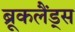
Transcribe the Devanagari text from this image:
ब्रूकलैंड्स